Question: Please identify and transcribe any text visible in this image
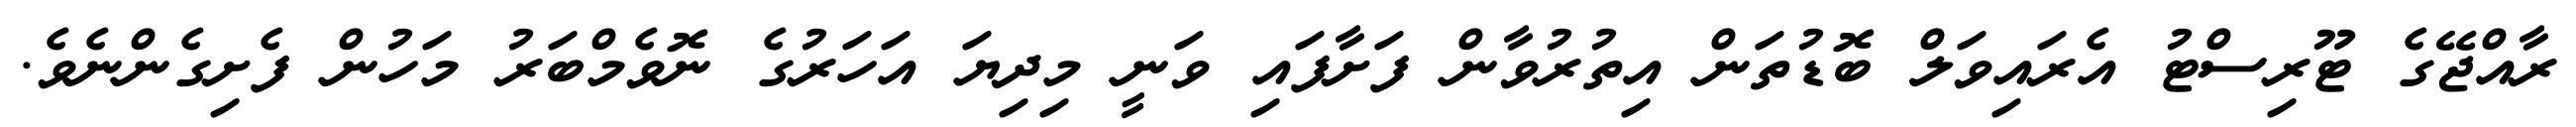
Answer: ރާއްޖޭގެ ޓޫރިސްޓު އެރައިވަލް ބޮޑުތަން އިތުރުވާން ފަށާފައި ވަނީ މިދިޔަ އަހަރުގެ ނޮވެމްބަރު މަހުން ފެށިގެންނެވެ.